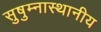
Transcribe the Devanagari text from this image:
सुषुम्नास्थानीय